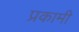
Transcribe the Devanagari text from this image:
प्रकामी